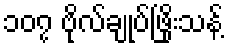
၁၀၇ ဗိုလ်ချုပ်ဖြိုးသန့်